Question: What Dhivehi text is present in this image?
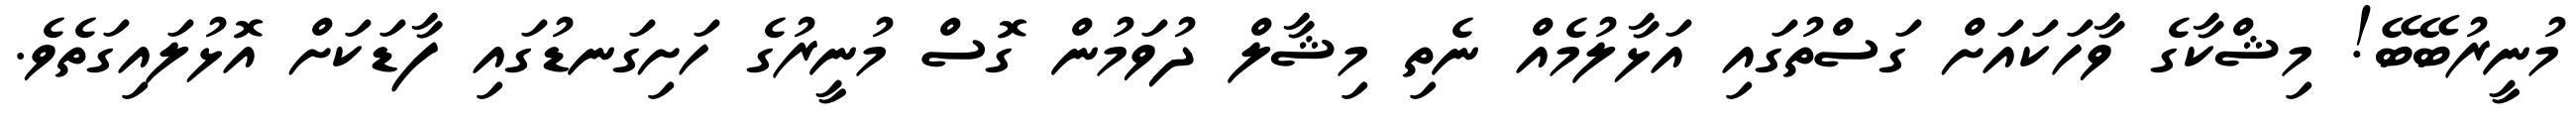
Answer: މުނީރުބޭބޭ! މިޝްކާގެ ވާހަކައަށް ގަސްތުގައި އަޅާލުމެއް ނެތި މިޝާލް ދުވަމުން ގޮސް މުނީރުގެ ހަށިގަނޑުގައި ފާޑަކަށް އޮޅުލައިގަތެވެ.